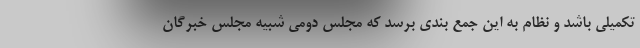
تکمیلی باشد و نظام به این جمع بندی برسد که مجلس دومی شبیه مجلس خبرگان